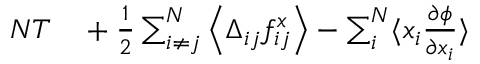
\begin{array} { r l } { N T } & { { } + \frac { 1 } { 2 } \sum _ { i \ne j } ^ { N } \left\langle \Delta _ { i j } f _ { i j } ^ { x } \right\rangle - \sum _ { i } ^ { N } \langle x _ { i } \frac { \partial \phi } { \partial x _ { i } } \rangle } \end{array}